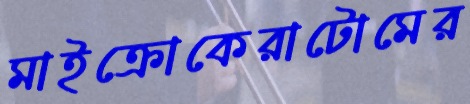
মাইক্রোকেরাটোমের